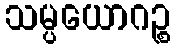
သမ္ပယောဂဉ္စ